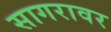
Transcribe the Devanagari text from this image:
सागरावर